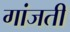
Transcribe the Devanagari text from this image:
गांजती